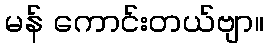
မန် ကောင်းတယ်ဗျာ။